Annual report on the health of the army in India
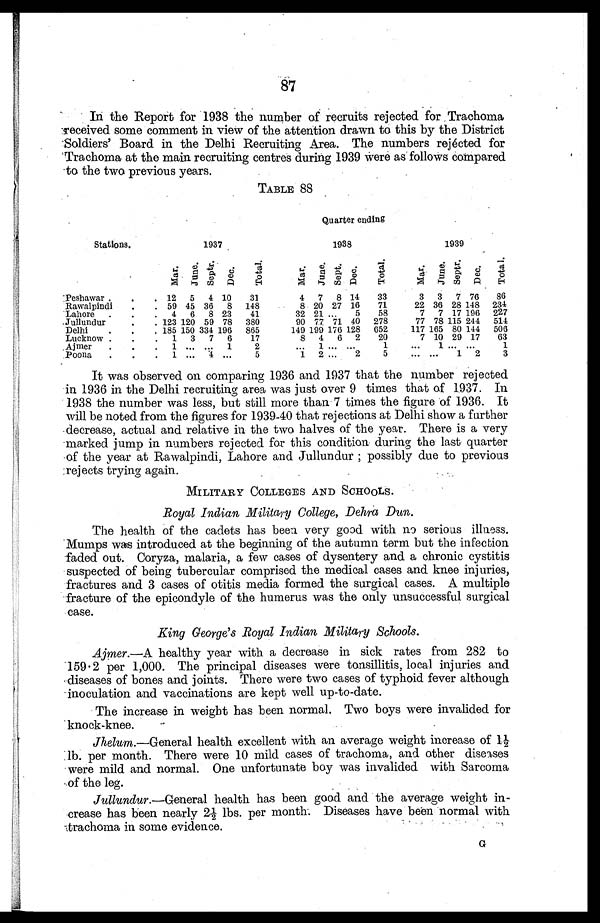
87
In the Report for 1938 the number of recruits rejected for Trachoma
received some comment in view of the attention drawn to this by the District
Soldiers' Board in the Delhi Recruiting Area. The numbers rejécted for
Trachoma at the main recruiting centres during 1939 were as follows compared
to the two previous years.
TABLE 88
Quarter ending
Stations.
1937
1938
1939
Mar. June. Septr.
Dec.
T o t a l .
Mar. June. Sept. D e c .
T o t a l .
Mar.
June. Septr.
D e c .
T o t a l .
Peshawar . . .
12 5 4 10
31
4 7 8 14
33
3 3 7 76
86
Rawalpindi . . .
59 45 36 8 148
8 20 27 16
71
22 36 28 148 234
Lahore . . .
4 6 8 23
41
32 21
. . .
5
58
7 7 17 196 227
.Jullundur . . .
123 120 59 78 380
90 77 71 40 278
77 78 115 244 514
Delhi . . .
185 150 334 196 865
149 199 176 128 652
117 165 80 144 506
Lucknow . . .
1 3 7 6
17
8 4 6 2
20
7 10 29 17
63
. Ajmer . . .
1
. . .
. . . 1
2
. . .
1 . . . . . .
. . .
. . . 1 . . . . . . 1
Poona . . .
1
. . . 4
. . .
5
1 2
. . . 2
5
. . . . . . 1 2
3
It was observed on comparing 1936 and 1937 that the number rejected
in 1936 in the Delhi recruiting area was just over 9 times that of 1937. In
1938 the number was less, but still more than 7 times the figure of 1936. It
will be noted from the figures for 1939-40 that rejections at Delhi show a further
decrease, actual and relative in the two halves of the year. There is a very
marked jump in numbers rejected for this condition during the last quarter
of the year at Rawalpindi, Lahore and Jullundur; possibly due to previous
rejects trying again.
MILITARY COLLEGES AND SCHOOLS.
Royal Indian Military College, Dehra Dun.
The health of the cadets has been very good with no serious illness.
Mumps was introduced at the beginning of the autumn term but the infection
faded out. Coryza, malaria, a few cases of dysentery and a chronic cystitis
suspected of being tubercular comprised the medical cases and knee injuries,
fractures and 3 cases of otitis media formed the surgical cases. A multiple
fracture of the epicondyle of the humerus was the only unsuccessful surgical
case.
King George's Royal Indian Military Schools.
Ajmer.—A healthy year with a decrease in sick rates from 282 to
159.2 per 1,000. The principal diseases were tonsillitis, local injuries and
diseases of bones and joints. There were two cases of typhoid fever although
inoculation and vaccinations are kept well up-to-date.
The increase in weight has been normal. Two boys were invalided for
knock-knee.
Jhelum. —General health excellent with an average weight increase of 1
½
lb. per month. There were 10 mild cases of trachoma, and other diseases
were mild and normal. One unfortunate boy was invalided with Sarcoma
of the leg.
Jullundur.—General health has been good and the average weight in
-
crease has been nearly 2½ lbs. per month. Diseases have been normal with
trachoma in some evidence.
G